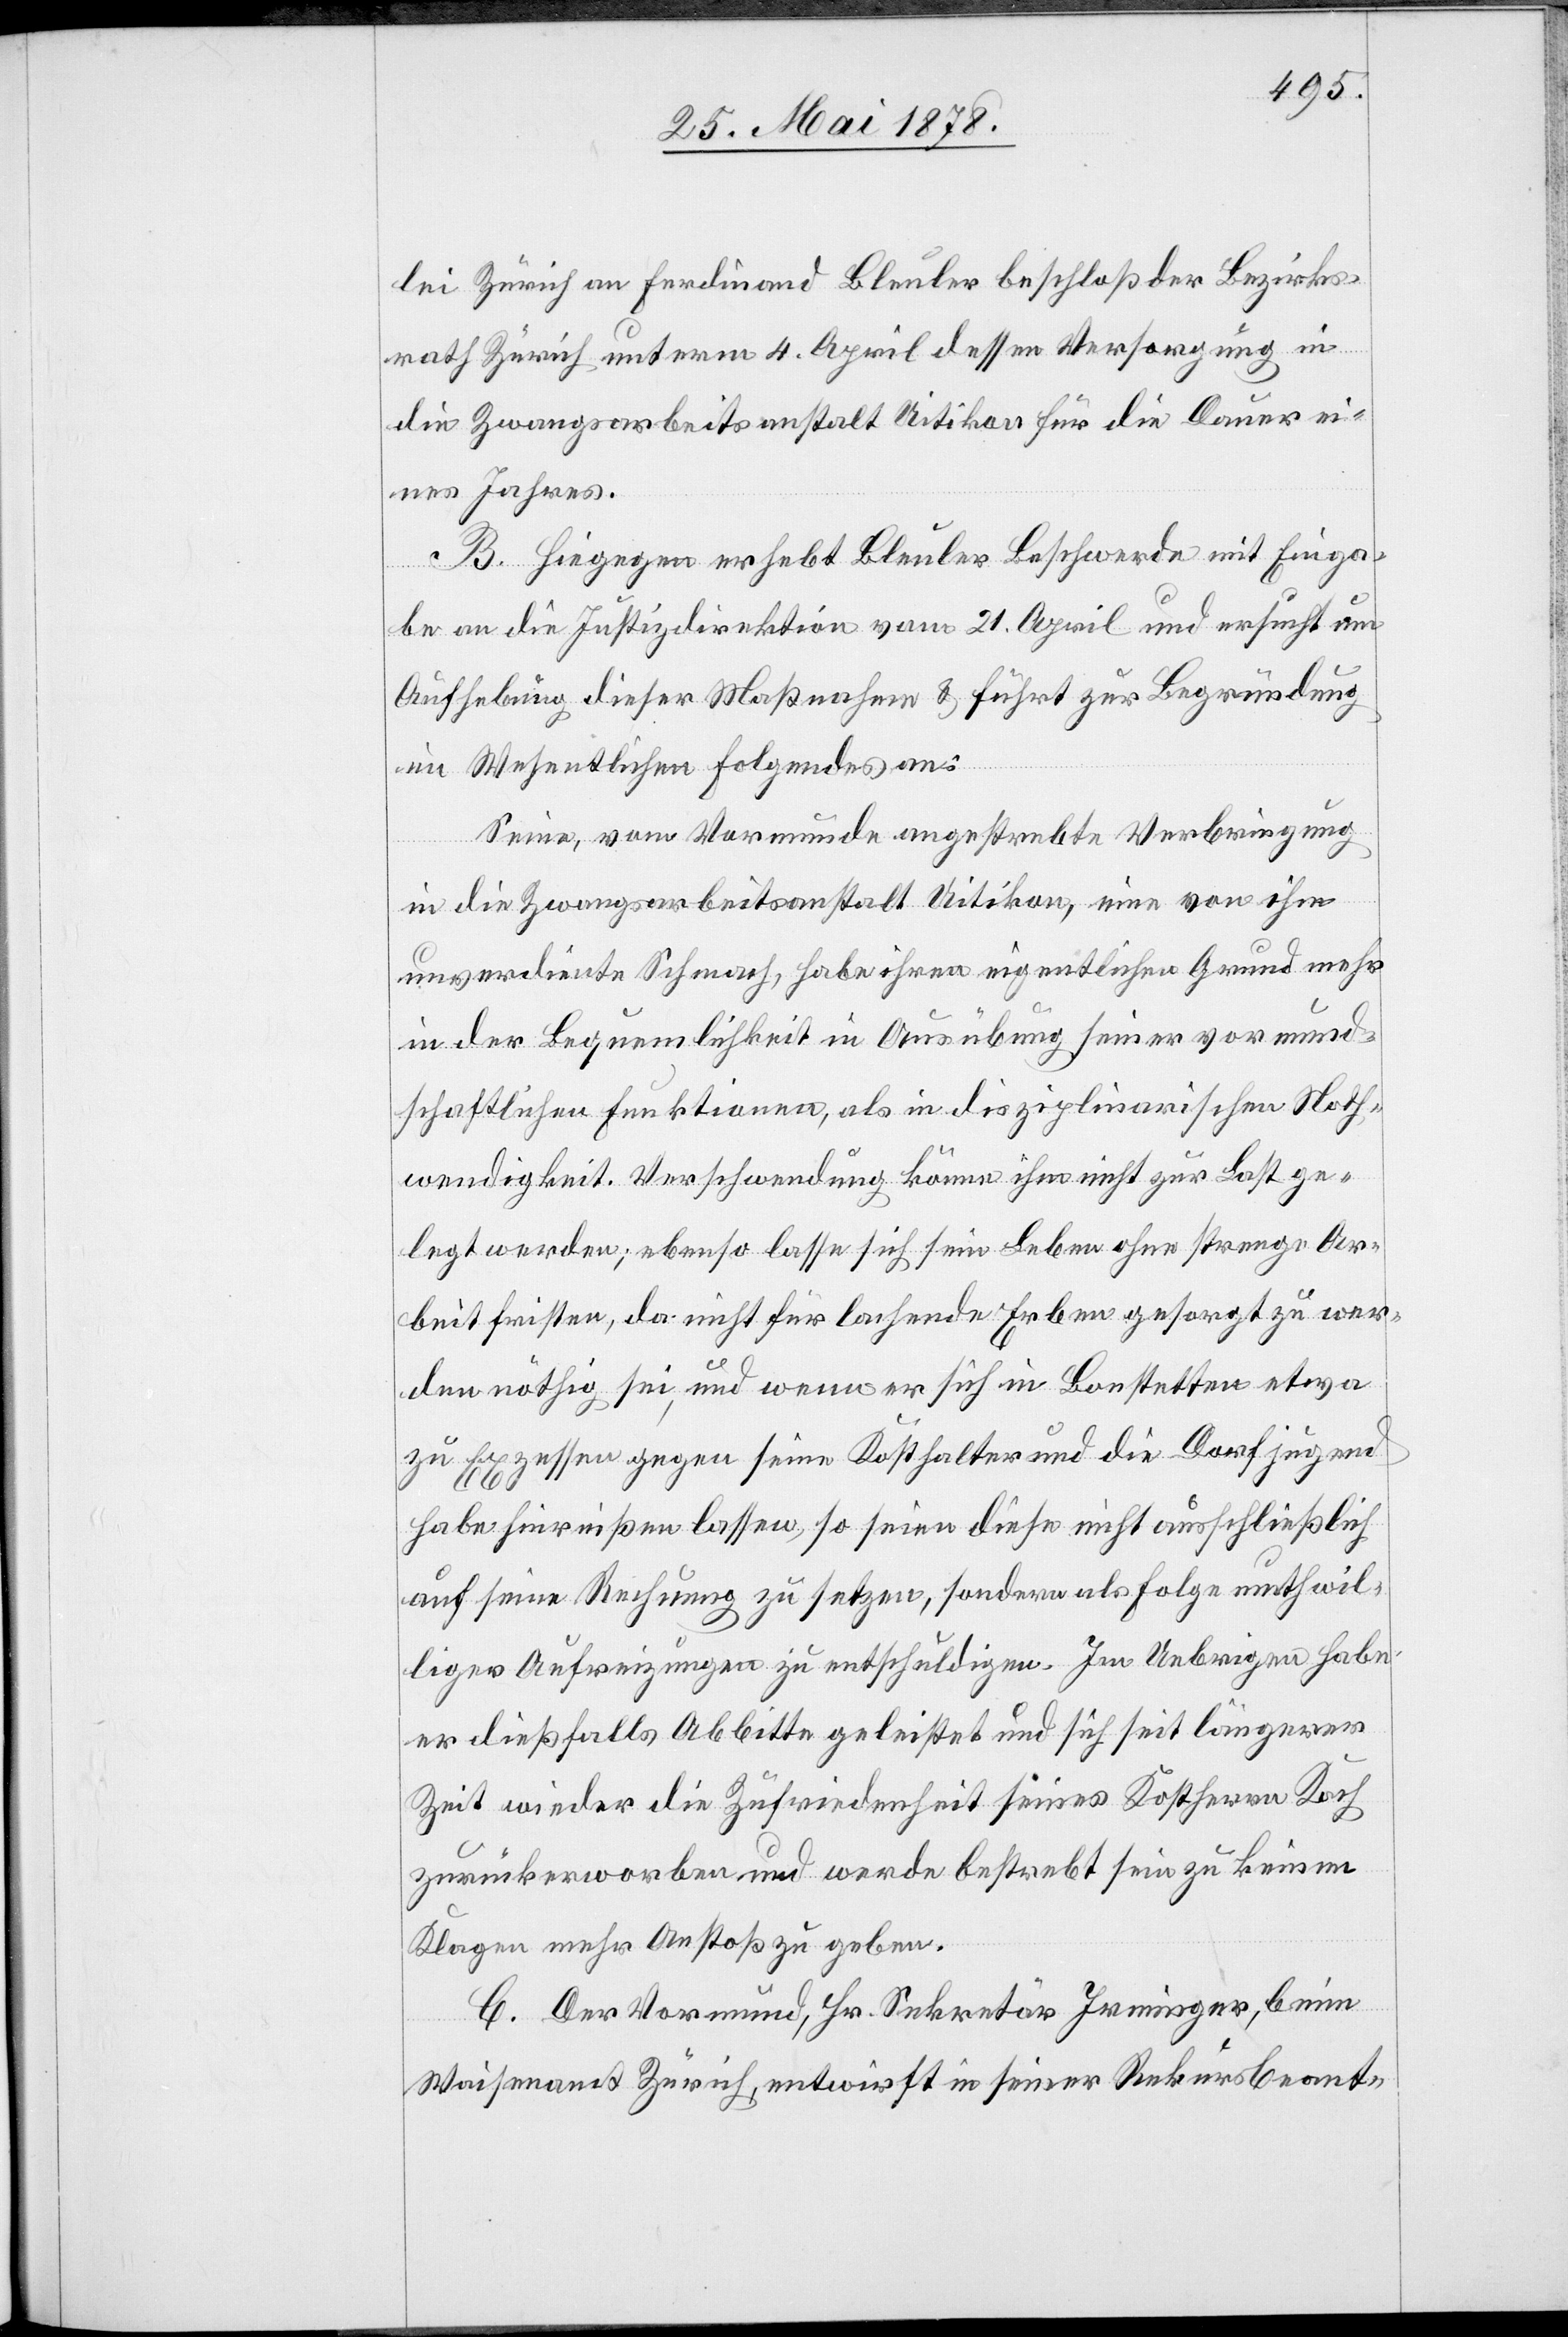
lei Zürich an Ferdinand Bleuler beschloß der Bezirks¬
rath Zürich unterm 4. April dessen Versorgung in
die Zwangsarbeitsanstalt Uitikon für die Dauer ei¬
nes Jahres.
B. Hiegegen erhebt Bleuler Beschwerde mit Einga¬
be an die Justizdirektion vom 21. April und ersucht um
Aufhebung dieser Maßnahme & führt zur Begründung
im Wesentlichen Folgendes an:
Seine, vom Vormunde angestrebte Verbringung
in die Zwangsarbeitsanstalt Uitikon, eine von ihm
unverdiente Schmach, habe ihren eigentlichen Grund mehr
in der Bequemlichkeit in Ausübung seiner vormund¬
schaftlichen Funktionen, als in disziplinarischer Noth¬
wendigkeit. Verschwendung könne ihm nicht zur Last ge¬
legt werden; ebenso lasse sich sein Leben ohne strenge Ar¬
beit fristen, da nicht für lachende Erben gesorgt zu wer¬
den nöthig sei, und wenn er sich in Bonstetten etwa
zu Exzessen gegen seinen Kosthalter und die Dorfjugend
habe hinreißen lassen, so seien diese nicht ausschließlich
auf seine Rechnung zu setzen, sondern als Folge muthwil¬
liger Aufreizungen zu entschuldigen. Im Uebrigen habe
er dießfalls Abbitte geleistet und sich seit längerer
Zeit wieder die Zufriedenheit seines Kostherrn Koch
zurückerworben und werde bestrebt sein zu keinen
Klagen mehr Anstoß zu geben.
C. Der Vormund, Hr. Sekretär Irminger, beim
Waisenamt Zürich, entwirft in seiner Rekursbeant-